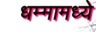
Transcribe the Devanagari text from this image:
धम्मामध्ये